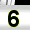
Digit: 6